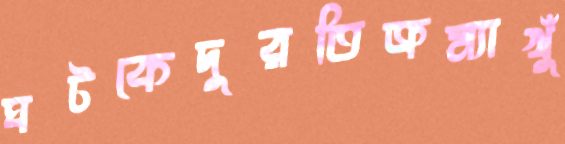
ঘটকেদুরতিক্রম্যাখুঁ